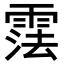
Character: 𬰂